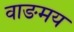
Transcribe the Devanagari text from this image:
वाङमय